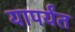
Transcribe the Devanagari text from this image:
यापर्यंत